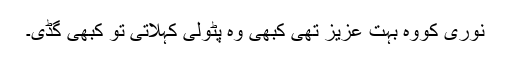
نوری کووہ بہت عزیز تھی کبھی وہ پٹولی کہلاتی تو کبھی گڈی۔